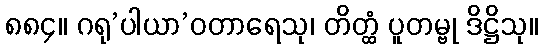
၈၈၄။ ဂရု’ပါယာ’ဝတာရေသု၊ တိတ္ထံ ပူတမ္ဗု ဒိဋ္ဌိသု။